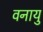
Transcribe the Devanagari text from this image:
वनायु